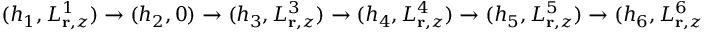
( h _ { 1 } , L _ { { \bf r } , z } ^ { 1 } ) \rightarrow ( h _ { 2 } , 0 ) \rightarrow ( h _ { 3 } , L _ { { \bf r } , z } ^ { 3 } ) \rightarrow ( h _ { 4 } , L _ { { \bf r } , z } ^ { 4 } ) \rightarrow ( h _ { 5 } , L _ { { \bf r } , z } ^ { 5 } ) \rightarrow ( h _ { 6 } , L _ { { \bf r } , z } ^ { 6 } ) \rightarrow ( h _ { 7 } , L _ { { \bf r } , z } ^ { 7 } ) \rightarrow ( h _ { 8 } , L _ { { \bf r } , z } ^ { 8 } ) \rightarrow ( h _ { 9 } , 0 ) \rightarrow ( h _ { 1 0 } , L _ { { \bf r } , z } ^ { 1 0 } ) .